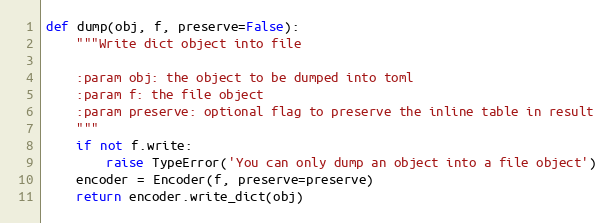
Language: Python
def dump(obj, f, preserve=False):
    """Write dict object into file

    :param obj: the object to be dumped into toml
    :param f: the file object
    :param preserve: optional flag to preserve the inline table in result
    """
    if not f.write:
        raise TypeError('You can only dump an object into a file object')
    encoder = Encoder(f, preserve=preserve)
    return encoder.write_dict(obj)